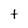
Character: t